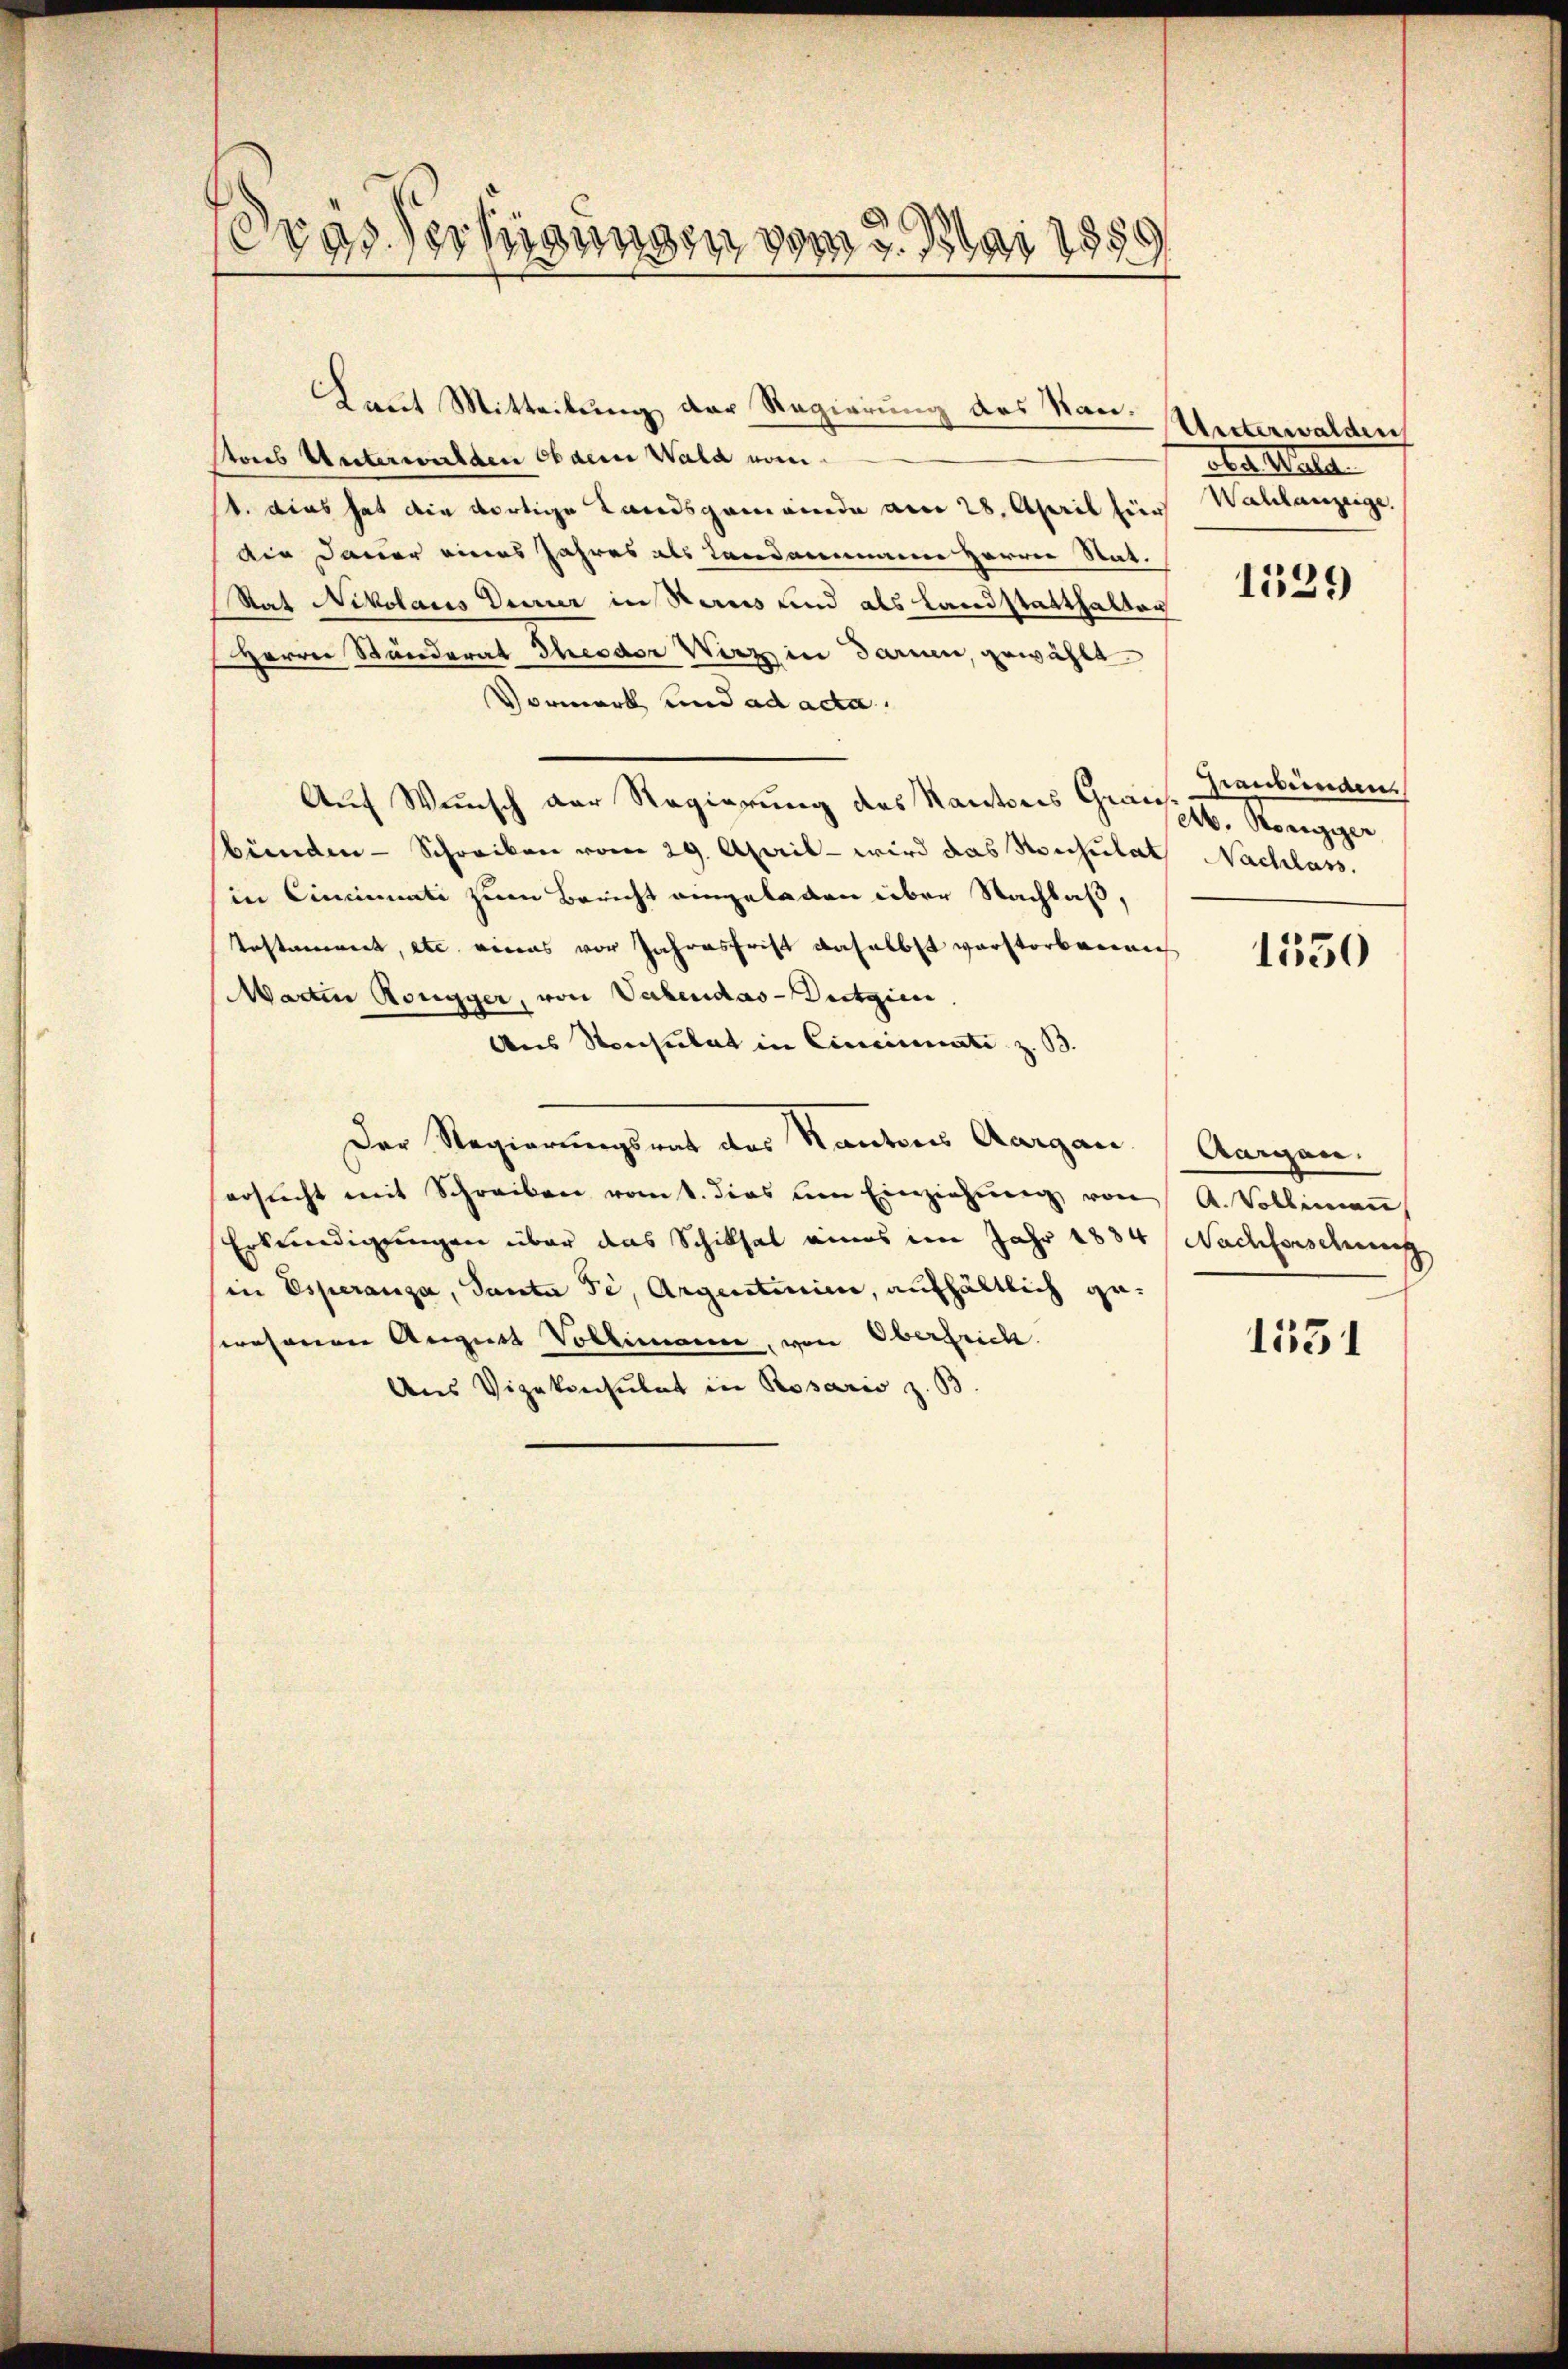
Laut Mitteilung der Regierung des Kanstons Unterwalden ob dem Wald von
t. Dies hat die dortige Landsgemeinde am 28. April hier Wahlanzeige,
Air Dauer eines Jahres als Landammann Herrn Stat.
Rat Nikolaus derer in Vereis und als Landstatthalten
Herrn Ständerat Theodor Verzin darmen, gewählt.
Vormerk und ad acta
Auf Wunsch der Regierung des Kantones Gruppe. Königger
bünden - Schreiben vom 29. April - wird das Konsulat Nachlass.
in Cincinate zum Bericht eingeladen über Nachlaß,
Testament, etc. eines vor Jahresfrist daselbst verstorbenen
Martin Rongger, von Vabendas Dutgien
Aus Sonsulat in Cincinati z. B.
Der Regierungsrat des Kantons Aargau (Aargau.
ersucht mit Schreiben vont. dies um Einziehung von A. Vollemen
Erkundigungen über das Schiksal eines im Jahr 1834/ Nachforschung
(in Esperanza, Panta Si, Argentinie, aufhältlich geswesenen August Vollmanne, von Oberfrich.
Aus Vizekonsulat in Rosario z. B.

Trassertigungen vom 5. Mai 1859

Unterwalden
ates Mate

1529

Zienbünden.

1550

1531